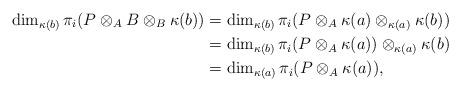
LaTeX: \begin{align*}\dim_{\kappa(b)}\pi_{i}(P\otimes_{A}B\otimes_{B}\kappa(b)) &=\dim_{\kappa(b)}\pi_{i}(P\otimes_{A}\kappa(a)\otimes_{\kappa(a)}\kappa(b))\\&=\dim_{\kappa(b)}\pi_{i}(P\otimes_{A}\kappa(a))\otimes_{\kappa(a)}\kappa(b)\\&=\dim_{\kappa(a)}\pi_{i}(P\otimes_{A}\kappa(a)),\end{align*}